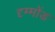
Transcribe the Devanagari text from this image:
दृम्मोंड